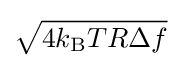
{\sqrt {4k_{\text{B}}TR\Delta f}}